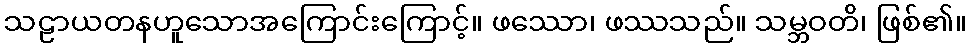
သဠာယတနဟူသောအကြောင်းကြောင့်။ ဖဿော၊ ဖဿသည်။ သမ္ဘဝတိ၊ ဖြစ်၏။